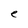
Character: e